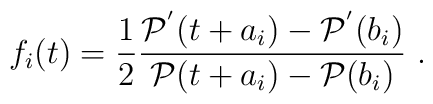
f_i(t)=\frac{1}{2} \frac{{\cal P}^{'}(t+a_i)   -{\cal P}^{'}(b_i)}{{\cal P}(t+a_i)-{\cal P}(b_i)} ~.